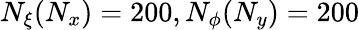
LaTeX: N_{\xi}(N_{x})=200,N_{\phi}(N_{y})=200